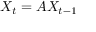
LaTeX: X _ { t } = A X _ { t - 1 }